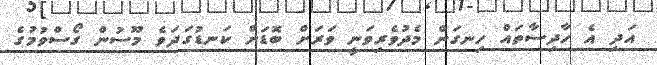
އަދި އެ ހާދިސާތައް ހިނގަން މެދުވެރިވަނީ ވަރަށް ބޮޑަށް ކަނޑުގަދަވެ މޫސުން ގޯސްވުމުގެ